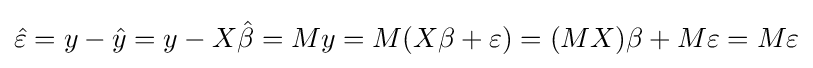
{\hat {\varepsilon }}=y-{\hat {y}}=y-X{\hat {\beta }}=My=M(X\beta +\varepsilon )=(MX)\beta +M\varepsilon =M\varepsilon